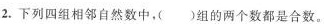
2.下列四组相邻自然数中，( ) 组的两个数都是合数。